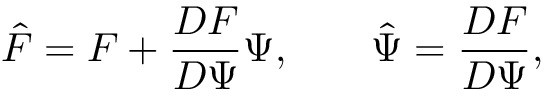
\hat { F } = F + \frac { D F } { D \Psi } \Psi , \; \; \; \; \; \; \; \hat { \Psi } = \frac { D F } { D \Psi } ,